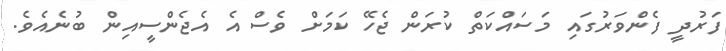
ފަރުދީ ފެންވަރުގައި މަސައްކަތް ކުރަން ޖެހޭ ކަމަށް ވެސް އެ އެޖެންސީއިން ބުނެއެވެ.